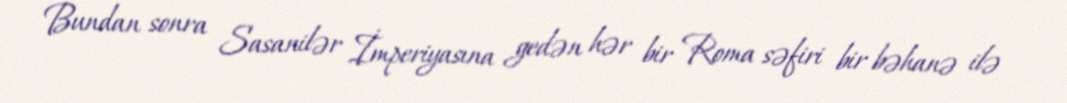
Bundan sonra Sasanilər İmperiyasına gedən hər bir Roma səfiri bir bəhanə ilə